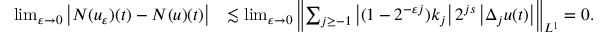
\begin{array} { r l } { \operatorname* { l i m } _ { \varepsilon \to 0 } \left| N ( u _ { \varepsilon } ) ( t ) - N ( u ) ( t ) \right| } & { \lesssim \operatorname* { l i m } _ { \varepsilon \to 0 } \left\| \sum _ { j \geq - 1 } \left| ( 1 - 2 ^ { - \varepsilon j } ) k _ { j } \right| 2 ^ { j s } \left| \Delta _ { j } u ( t ) \right| \right\| _ { { L } ^ { 1 } } = 0 . } \end{array}